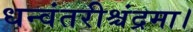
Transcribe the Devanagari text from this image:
धन्वंतरीश्चंद्रमा।